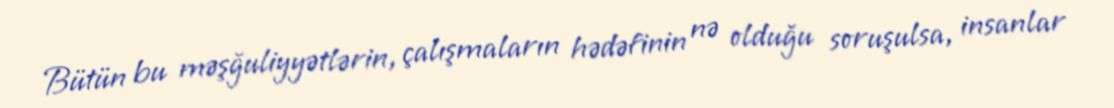
Bütün bu məşğuliyyətlərin, çalışmaların hədəfinin nə olduğu soruşulsa, insanlar